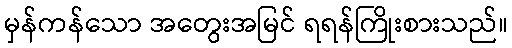
မှန်ကန်သော အတွေးအမြင် ရရန်ကြိုးစားသည်။